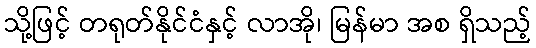
သို့ဖြင့် တရုတ်နိုင်ငံနှင့် လာအို၊ မြန်မာ အစ ရှိသည့်